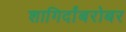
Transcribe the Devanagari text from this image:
शागिर्दांबरोबर